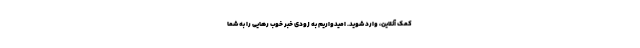
کمک آنلاین، وارد شوید. امیدواریم به زودی خبر خوب رهایی را به شما